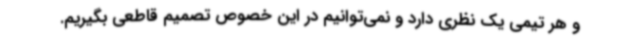
و هر تیمی یک نظری دارد و نمی‌توانیم در این خصوص تصمیم قاطعی بگیریم.